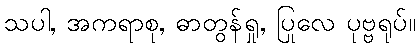
သပါ, အကရာစု, ဓာတွန်ရှု, ပြုလေ ပုဗ္ဗရုပ်။